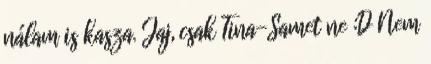
nálam is kasza. Jaj, csak Tina-Samet ne :D Nem